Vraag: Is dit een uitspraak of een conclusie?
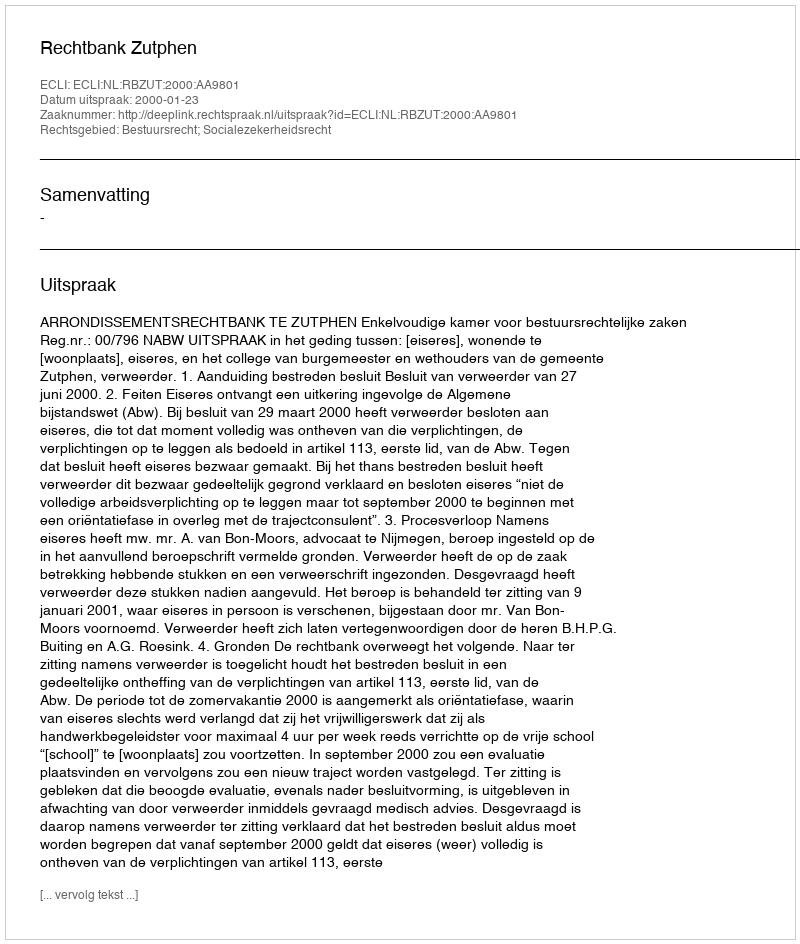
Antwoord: Uitspraak